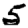
Digit: 5